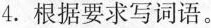
4.根据要求写词语。